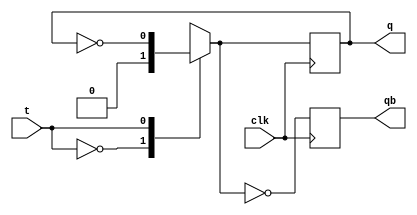
`timescale 1ns / 1ps
//////////////////////////////////////////////////////////////////////////////////
// Company: 
// Engineer: 
// 
// Design Name: 
// Module Name:    tff 
// Project Name: 
// Target Devices: 
// Tool versions: 
// Description: 
//
// Dependencies: 
//
// Revision: 
// Revision 0.01 - File Created
// Additional Comments: 
//
//////////////////////////////////////////////////////////////////////////////////

module tff(
    input t, clk,
    output reg q, qb
    );
    
    initial
    q=1'b0;

    always @(posedge clk)
    begin
        case(t)
            1'b0:q=0;
            1'b1:q=~q;
        endcase
    qb=~q;
    end
    
endmodule